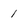
Character: 1